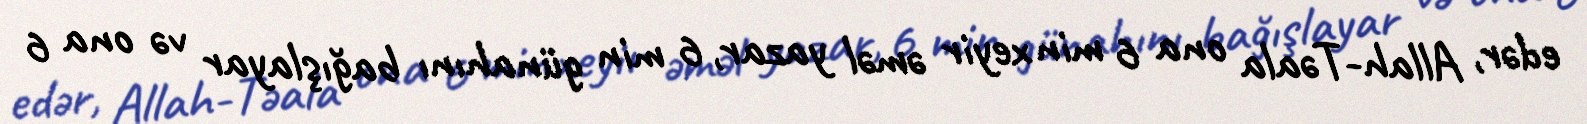
edər, Allah-Təala ona 6 min xeyir əməl yazar, 6 min günahını bağışlayar və ona 6